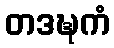
တဒဍ္ဎကံ